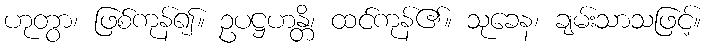
ဟုတွာ၊ ဖြစ်ကုန်၍။ ဥပဋ္ဌဟန္တိ၊ ထင်ကုန်၏။ သုခေန၊ ချမ်းသာသဖြင့်။